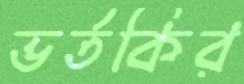
ভর্তকির